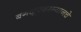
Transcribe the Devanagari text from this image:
बंगळूरदरम्यानचे